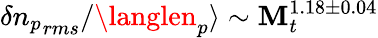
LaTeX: \delta{n_{p}}_{rms}/\langlen_{p}\rangle\sim\mathbf{M}_{t}^{1.18\pm0.04}